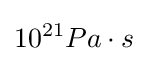
10^{21}Pa\cdot s